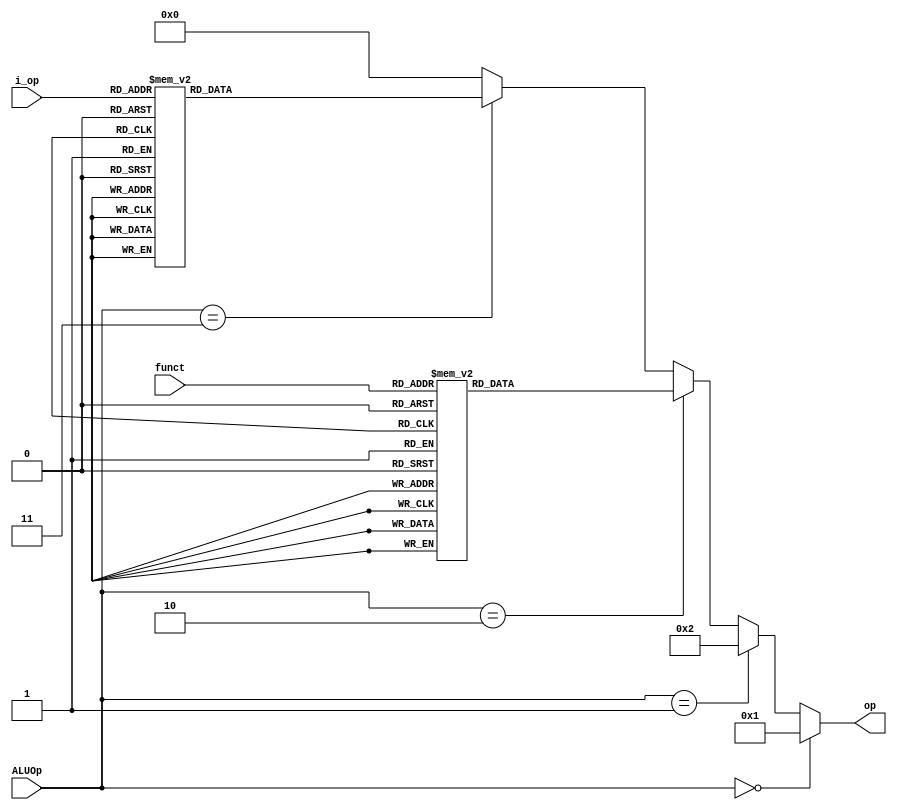
module Op_Decoder(
    input [1:0] ALUOp,
    input [5:0] funct,
    input [2:0] i_op,
    output [3:0] op
);
    reg [3:0] temp_op;

    parameter SRL = 4'H00;
    parameter ADD = 4'H01;
    parameter SUB = 4'H02;
    parameter AND = 4'H03;
    parameter OR = 4'H04;
    parameter XOR = 4'H05;
    parameter NOT = 4'H06;
    parameter SRA = 4'H07;
    parameter NOR = 4'H08;
    parameter SLT = 4'H09;
    parameter NON = 4'H10;
    parameter SLTU = 4'H11;
    parameter LUI = 4'H12;
    parameter SLL = 4'H13;

    always @(*) begin
        if(ALUOp==2'b00)
            temp_op=ADD;
        else if(ALUOp==2'b01)
            temp_op=SUB;
        else if(ALUOp==2'b10)
        begin
            case (funct)
                6'b100_000:temp_op=ADD;
                6'b100_001:temp_op=ADD;
                6'b100_010:temp_op=SUB;
                6'b100_011:temp_op=SUB;
                6'b100_100:temp_op=AND;
                6'b100_101:temp_op=OR;
                6'b100_110:temp_op=XOR;
                6'b100_111:temp_op=NOR;
                6'b101_010:temp_op=SLT;
                6'b101_011:temp_op=SLTU;
                6'b000_100:temp_op=SLL;
                6'b000_110:temp_op=SRL;
                6'b000_111:temp_op=SRA;
                default: temp_op=NON;
            endcase
        end
        else if(ALUOp==2'b11)
        begin
            case (i_op)
                3'b000:temp_op=ADD;
                3'b001:temp_op=ADD;
                3'b100:temp_op=AND;
                3'b101:temp_op=OR;
                3'b110:temp_op=XOR;
                3'b010:temp_op=SLT;
                3'b011:temp_op=SLT;
                3'b111:temp_op=LUI;
                default: temp_op=NON;
            endcase
        end
        else
            temp_op=NON;
    end

    assign op=temp_op;

endmodule